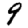
Digit: 9